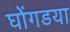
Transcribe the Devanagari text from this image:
घोंगडया